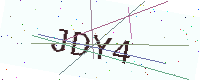
Text: JDY4